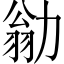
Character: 勜